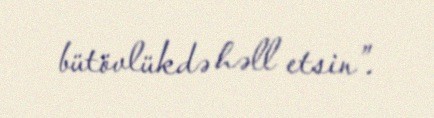
bütövlükdə həll etsin”.